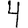
Digit: 4